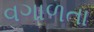
વગાળતા